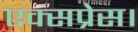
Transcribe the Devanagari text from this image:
एक्‍सप्रेस।